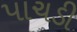
પાચડી